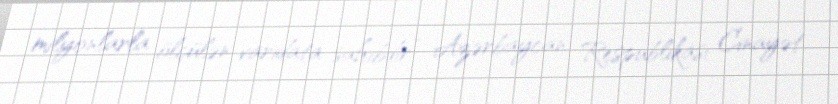
milyonlarla ölçülən varidata sahibdir” Azərbaycan Respublikası Cinayət